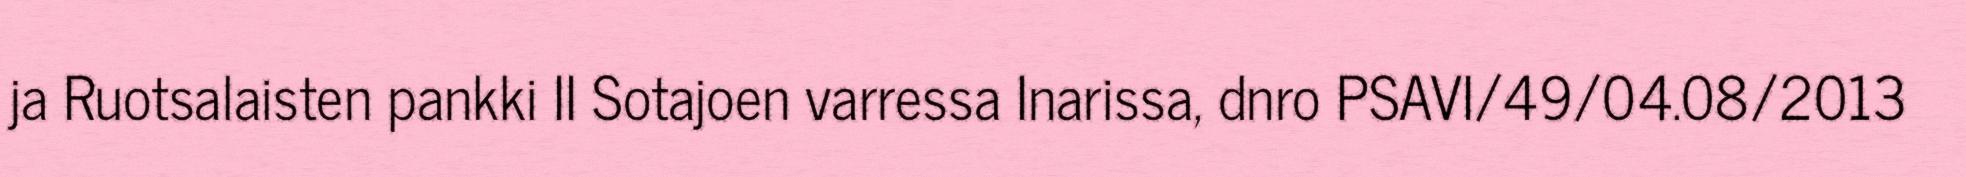
ja Ruotsalaisten pankki II Sotajoen varressa Inarissa, dnro PSAVI/49/04.08/2013